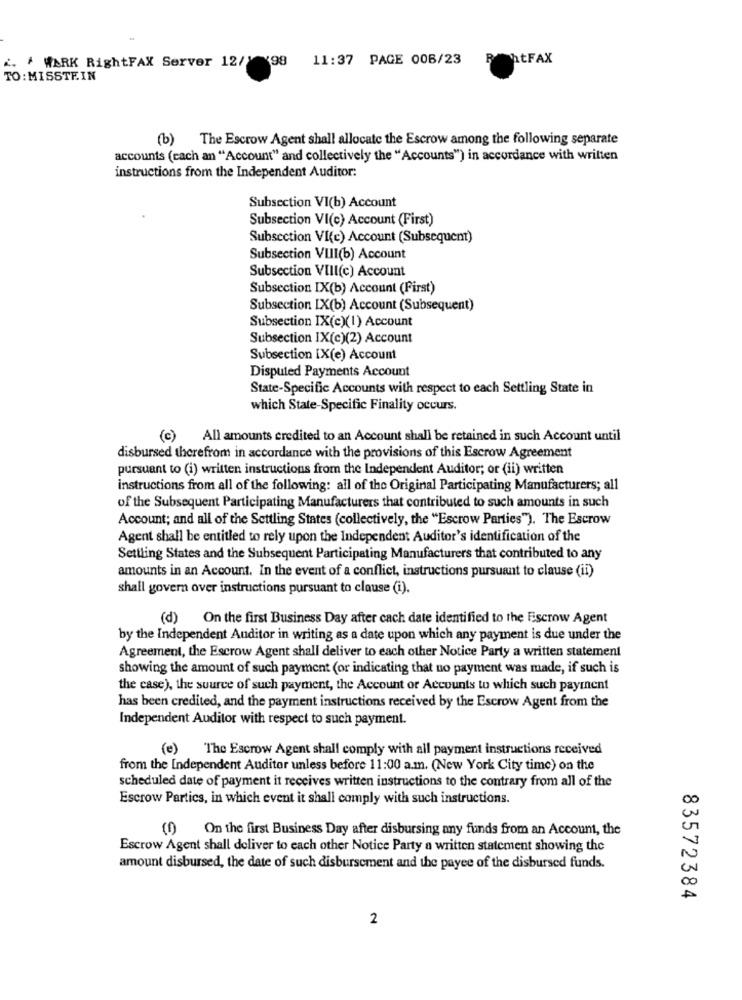
¿ . WARK RightFAX Server 12/1 198
11:37 PAGE 006/23
R
htFAX
TO : MISSTEIN
(b) The Escrow Agent shall allocate the Escrow among the following separate
accounts (cach an "Account" and collectively the "Accounts") in accordance with written
instructions from the Independent Auditor:
Subsection VI(b) Account
Subsection VI(c) Account (First)
Subsection VI(c) Account (Subsequent)
Subsection VIII(b) Account
Subsection VIII(c) Account
Subsection IX(b) Account (First)
Subsection IX(b) Account (Subsequent)
Subsection IX(c)(1) Account
Subsection IX(c)(2) Account
Subsection IX(e) Account
Disputed Payments Account
State-Specific Accounts with respect to each Settling State in
which State-Specific Finality occurs.
(c) All amounts credited to an Account shall be retained in such Account until
disbursed therefrom in accordance with the provisions of this Escrow Agreement
pursuant to (i) written instructions from the Independent Auditor; or (ii) written
instructions from all of the following: all of the Original Participating Manufacturers; all
of the Subsequent Participating Manufacturers that contributed to such amounts in such
Account; and all of the Settling States (collectively, the "Escrow Parties"). The Escrow
Agent shall be entitled to rely upon the Independent Auditor's identification of the
Settling States and the Subsequent Participating Manufacturers that contributed to any
amounts in an Account. In the event of a conflict, instructions pursuant to clause (ii)
shall govern over instructions pursuant to clause (i).
(d) On the first Business Day after cach date identified to the Escrow Agent
by the Independent Auditor in writing as a date upon which any payment is due under the
Agreement, the Escrow Agent shall deliver to each other Notice Party a written statement
showing the amount of such payment (or indicating that no payment was made, if such is
the case), the source of such payment, the Account or Accounts to which such payment
has been credited, and the payment instructions received by the Escrow Agent from the
Independent Auditor with respect to such payment.
(e) The Escrow Agent shall comply with all payment instructions received
from the Independent Auditor unless before 11:00 a.m. (New York City time) on the
scheduled date of payment it receives written instructions to the contrary from all of the
Escrow Parties, in which event it shall comply with such instructions.
(f) On the first Business Day after disbursing any funds from an Account, the
Escrow Agent shall deliver to each other Notice Party a written statement showing the
amount disbursed, the date of such disbursement and the payee of the disbursed funds.
83572384
2